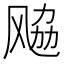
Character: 𱃚